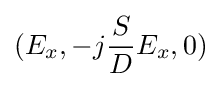
(E_{x},-j{\frac {S}{D}}E_{x},0)